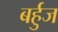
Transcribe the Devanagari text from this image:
बर्हुज